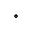
{ ^ \circ }